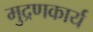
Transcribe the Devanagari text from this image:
मुद्रणकार्य